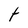
Character: t